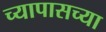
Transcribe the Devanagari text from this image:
च्यापासच्या